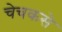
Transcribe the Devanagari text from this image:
चेचकसे